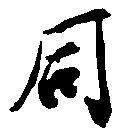
同